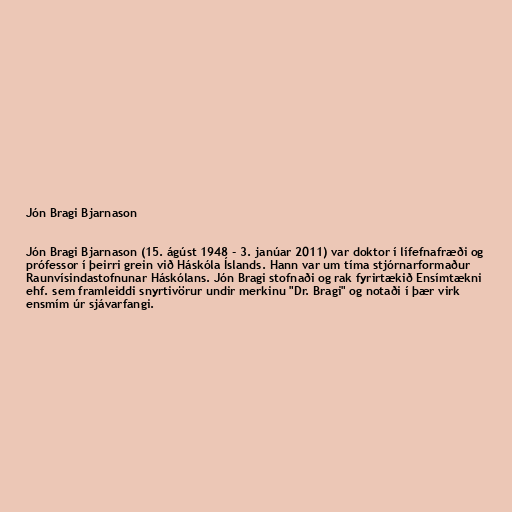
Jón Bragi Bjarnason

Jón Bragi Bjarnason (15. ágúst 1948 - 3. janúar 2011) var doktor í lífefnafræði og
prófessor í þeirri grein við Háskóla Íslands. Hann var um tíma stjórnarformaður
Raunvísindastofnunar Háskólans. Jón Bragi stofnaði og rak fyrirtækið Ensímtækni
ehf. sem framleiddi snyrtivörur undir merkinu "Dr. Bragi" og notaði í þær virk
ensmím úr sjávarfangi.